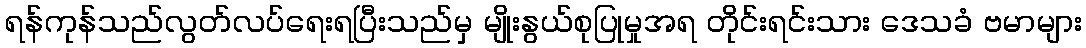
ရန်ကုန်သည်လွတ်လပ်ရေးရပြီးသည်မှ မျိုးနွယ်စုပြုမှုအရ တိုင်းရင်းသား ဒေသခံ ဗမာများ